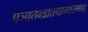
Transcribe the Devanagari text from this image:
पञ्चतन्त्रातथान्यस्माद्